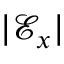
\lvert \mathcal { E } _ { x } \rvert